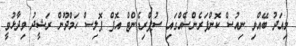
މިއަދު ބޭއްވި ނިއުސް ކޮންފަރެންސެއްގައި ސުޕްރިޑެންޓް އޮފް ޕޮލިސް ހަމްދޫން ރަޝީދު ވިދާޅުވީ